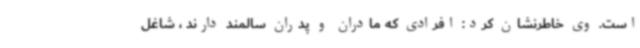
است. وی خاطرنشان کرد: افرادی که مادران و پدران سالمند دارند ، شاغل